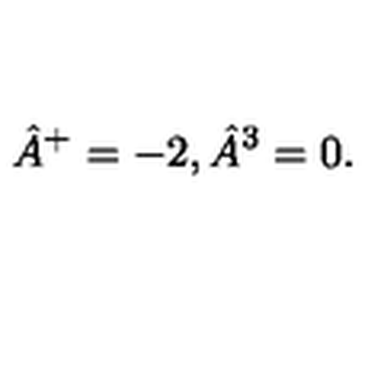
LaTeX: \hat { A } ^ { + } = - 2 , \hat { A } ^ { 3 } = 0 .